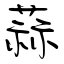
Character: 蒜